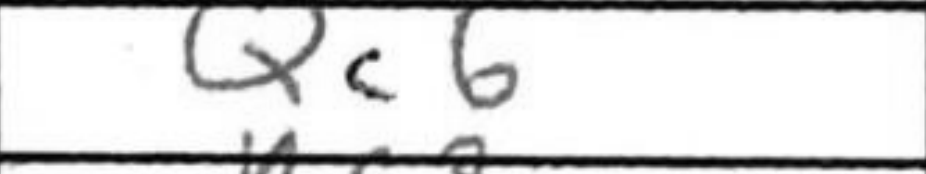
Transcription: Qc6